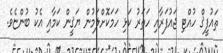
ތައުފީޤް ހުއްޓި ޖައުފަރާއި ހަތަރު ކަޅި ހަމަކޮށްލަމުން ޔަޤީން ކަމާއި އެކު ބުންޏެވެ.